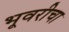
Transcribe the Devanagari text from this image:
भूवरीचा